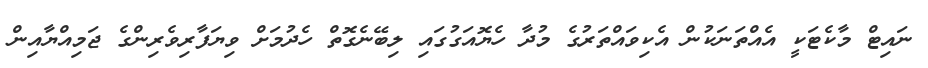
ނައިޓް މާކެޓަކީ އެއްތަނަކުން އެކިވައްތަރުގެ މުދާ ހެޔޮއަގުގައި ލިބޭނެގޮތް ހެދުމަށް ވިޔަފާރިވެރިންގެ ޖަމިއްޔާއިން